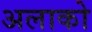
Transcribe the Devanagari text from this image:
अलाको